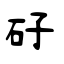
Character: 矷